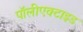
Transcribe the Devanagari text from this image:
पॉलीएक्टाइड